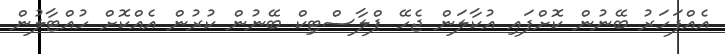
އެއްފަހަރު ބޭނުން ކޮށްފައި އުކާލަން ޖެހޭ ޕްލާސްޓިކް ބޭނުން ކުރުން އެއްކޮށް ހުއްޓާލުން